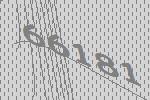
66181